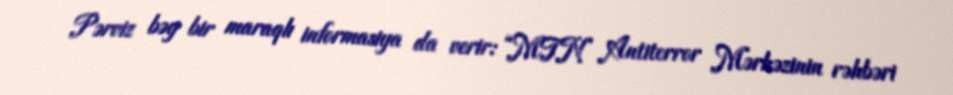
Pərviz bəy bir maraqlı informasiya da verir: “MTN Antiterror Mərkəzinin rəhbəri